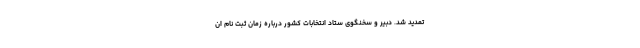
تمدید شد. دبیر و سخنگوی ستاد انتخابات کشور درباره زمان ثبت نام ان